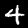
Label: 4